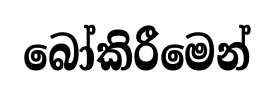
බෝකිරීමෙන්